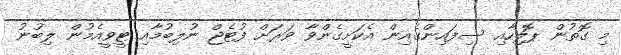
މި ގޮތުން ޕޮލިހާއި ސިފައިންގެއިން އެކަށީގެންވާ ވަރަށް ފުޓެޖް ނުލިބުމާއި ޓީވީއެމުން ލިބުނު